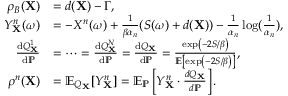
\begin{array} { r l } { \rho _ { B } ( \mathbf { X } ) } & { = d ( \mathbf { X } ) - \Gamma , } \\ { Y _ { \mathbf { X } } ^ { n } ( \omega ) } & { = - X ^ { n } ( \omega ) + \frac { 1 } { \beta \alpha _ { n } } ( S ( \omega ) + d ( \mathbf { X } ) ) - \frac { 1 } { \alpha _ { n } } \log ( \frac { 1 } { \alpha _ { n } } ) , } \\ { \frac { \mathrm { d } Q _ { \mathbf { X } } ^ { 1 } } { \mathrm { d } { \mathbb { P } } } } & { = \dots = \frac { \mathrm { d } Q _ { \mathbf { X } } ^ { N } } { \mathrm { d } { \mathbb { P } } } = \frac { \mathrm { d } Q _ { \mathbf { X } } } { \mathrm { d } { \mathbb { P } } } = \frac { \exp \left( - 2 S / \beta \right) } { \mathbb { E } \left[ \exp \left( - 2 S / \beta \right) \right] } , } \\ { \rho ^ { n } ( \mathbf { X } ) } & { = \mathbb { E } _ { Q _ { \mathbf { X } } } [ Y _ { \mathbf { X } } ^ { n } ] = \mathbb { E } _ { \mathbb { P } } \left[ Y _ { \mathbf { X } } ^ { n } \cdot \frac { d Q _ { \mathbf { X } } } { d \mathbb { P } } \right] . } \end{array}